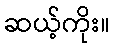
ဆယ့်ကိုး။